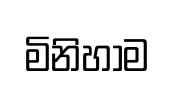
මිනිහාම